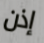
إذن